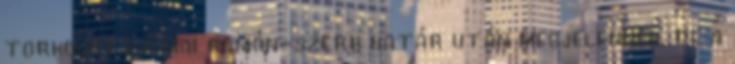
torkolata a mai román-szerb határ után megjelennek, de a